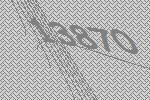
13870